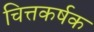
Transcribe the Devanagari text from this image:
चित्तकर्षक